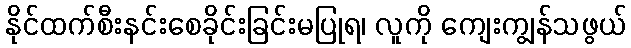
နိုင်ထက်စီးနင်းစေခိုင်းခြင်းမပြုရ၊ လူကို ကျေးကျွန်သဖွယ်